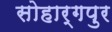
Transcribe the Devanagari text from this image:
सोहार्गपुर